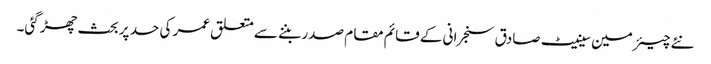
نئے چیئرمین سینیٹ صادق سنجرانی کے قائم مقام صدر بننے سے متعلق عمر کی حد پر بحث چھڑ گئی۔